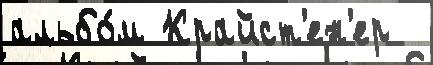
альбо́м Крайст'ен'ер